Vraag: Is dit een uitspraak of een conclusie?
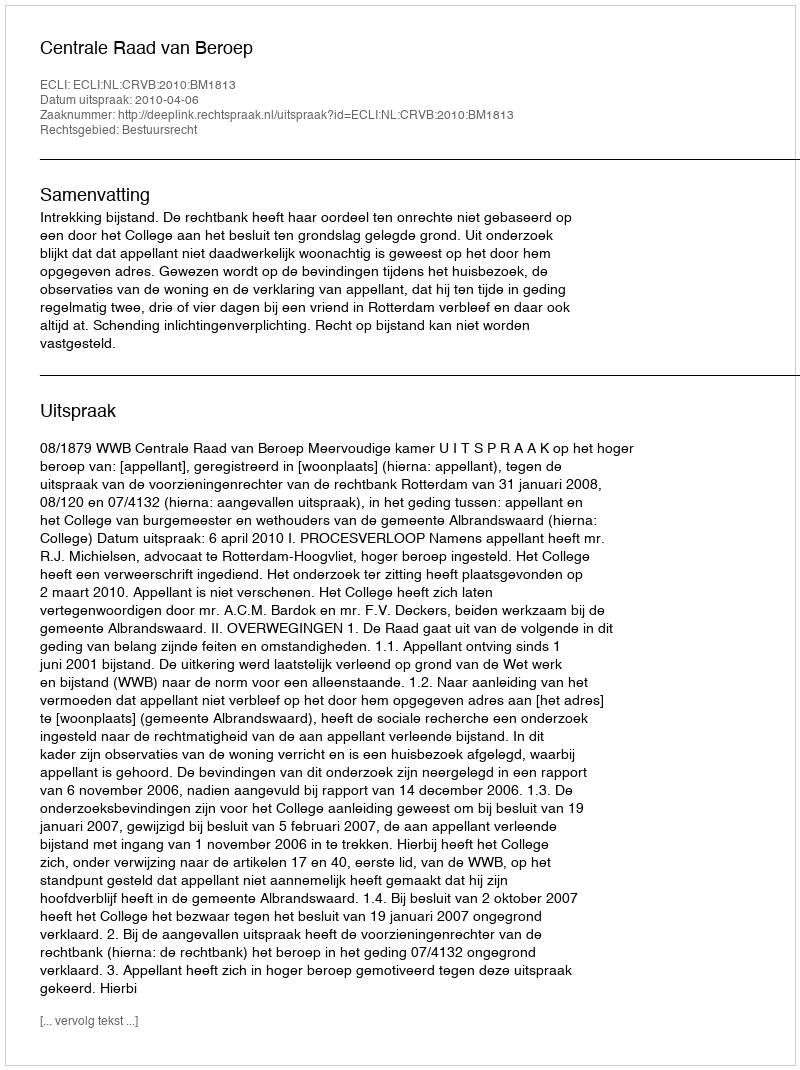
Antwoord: Uitspraak